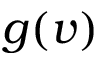
g ( v )